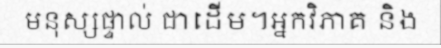
មនុស្សផ្ទាល់ ជាដើម។អ្នកវិភាគ និង